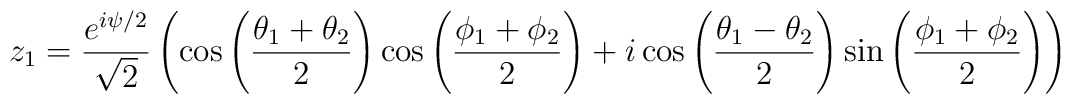
z_1 = \frac{e^{i\psi/2}}{\sqrt{2}} \left(\cos \left(\frac{\theta_1+\theta_2}{2} \right)\cos \left(\frac{\phi_1 + \phi_2}{2} \right) + i \cos \left(\frac{\theta_1-\theta_2}{2} \right)\sin \left(\frac{\phi_1 + \phi_2}{2} \right)\right)